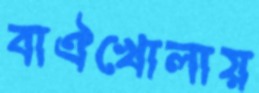
বাঐখোলায়